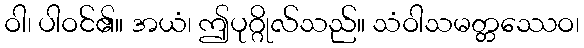
ဝါ၊ ပါဝင်၏။ အယံ၊ ဤပုဂ္ဂိုလ်သည်။ သံဝါသမတ္တဿေဝ၊